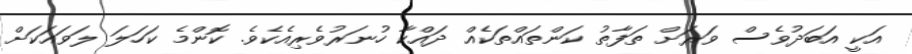
އަކީ އަބަދުވެސް ވަރަށް ތަފާތު ކަންތައްތަކެއް ދައްކާ ހުނަރުވެރިއެކެވެ. ކޮންމެ ކަހަލަ ލަވައަކަށް